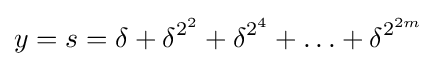
y=s=\delta +\delta ^{2^{2}}+\delta ^{2^{4}}+\ldots +\delta ^{2^{2m}}